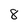
Character: 8